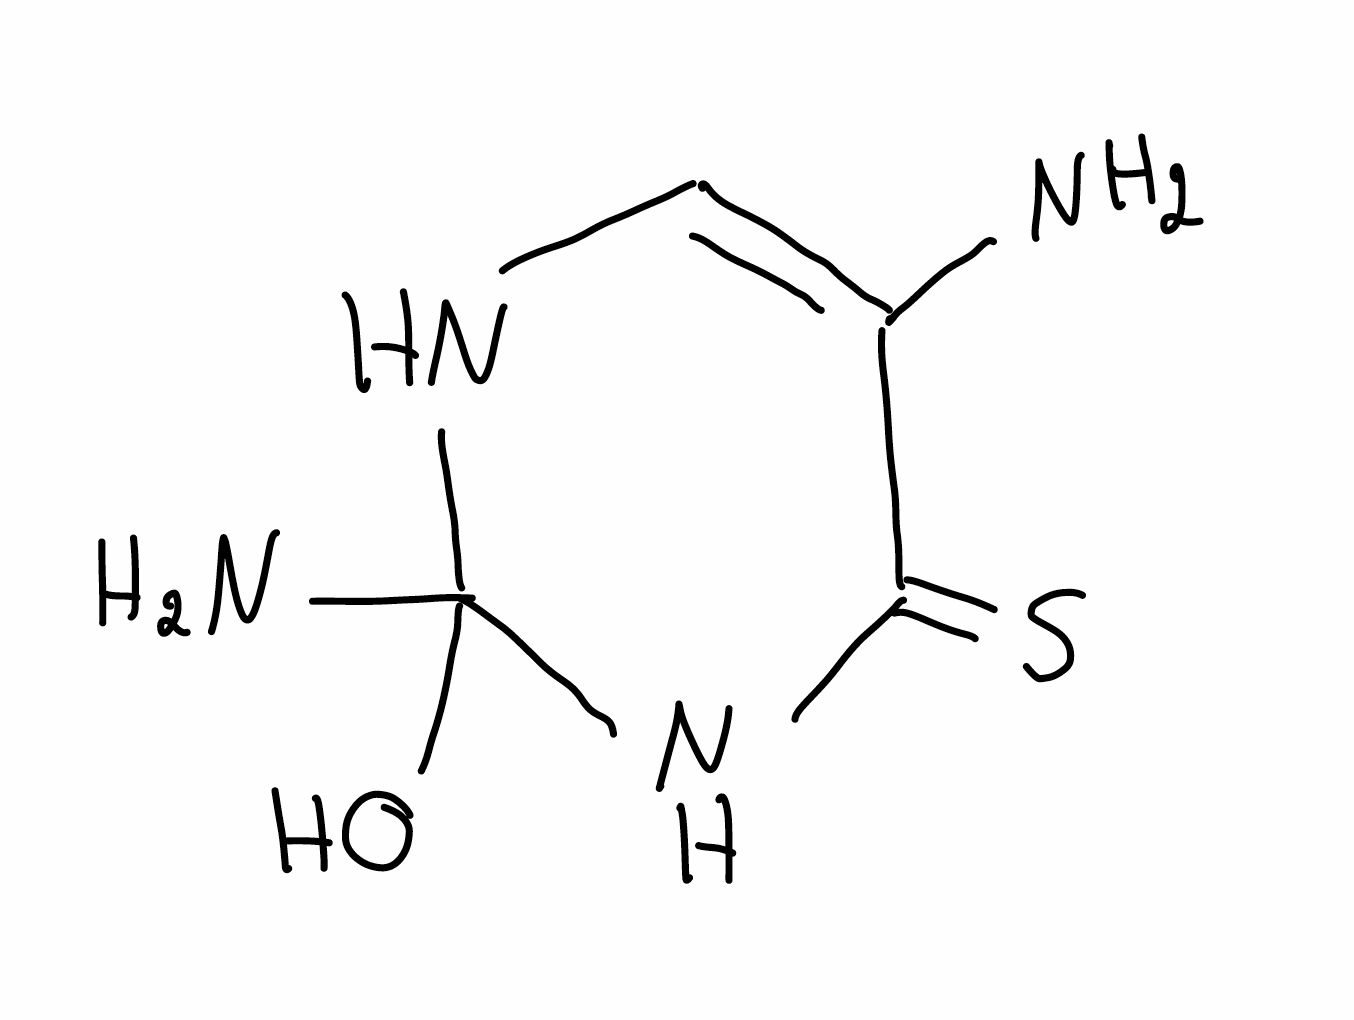
Simplified molecular-input line-entry system (SMILES) notation of the given molecule:
C1=C(C(=S)NC(N1)(N)O)N